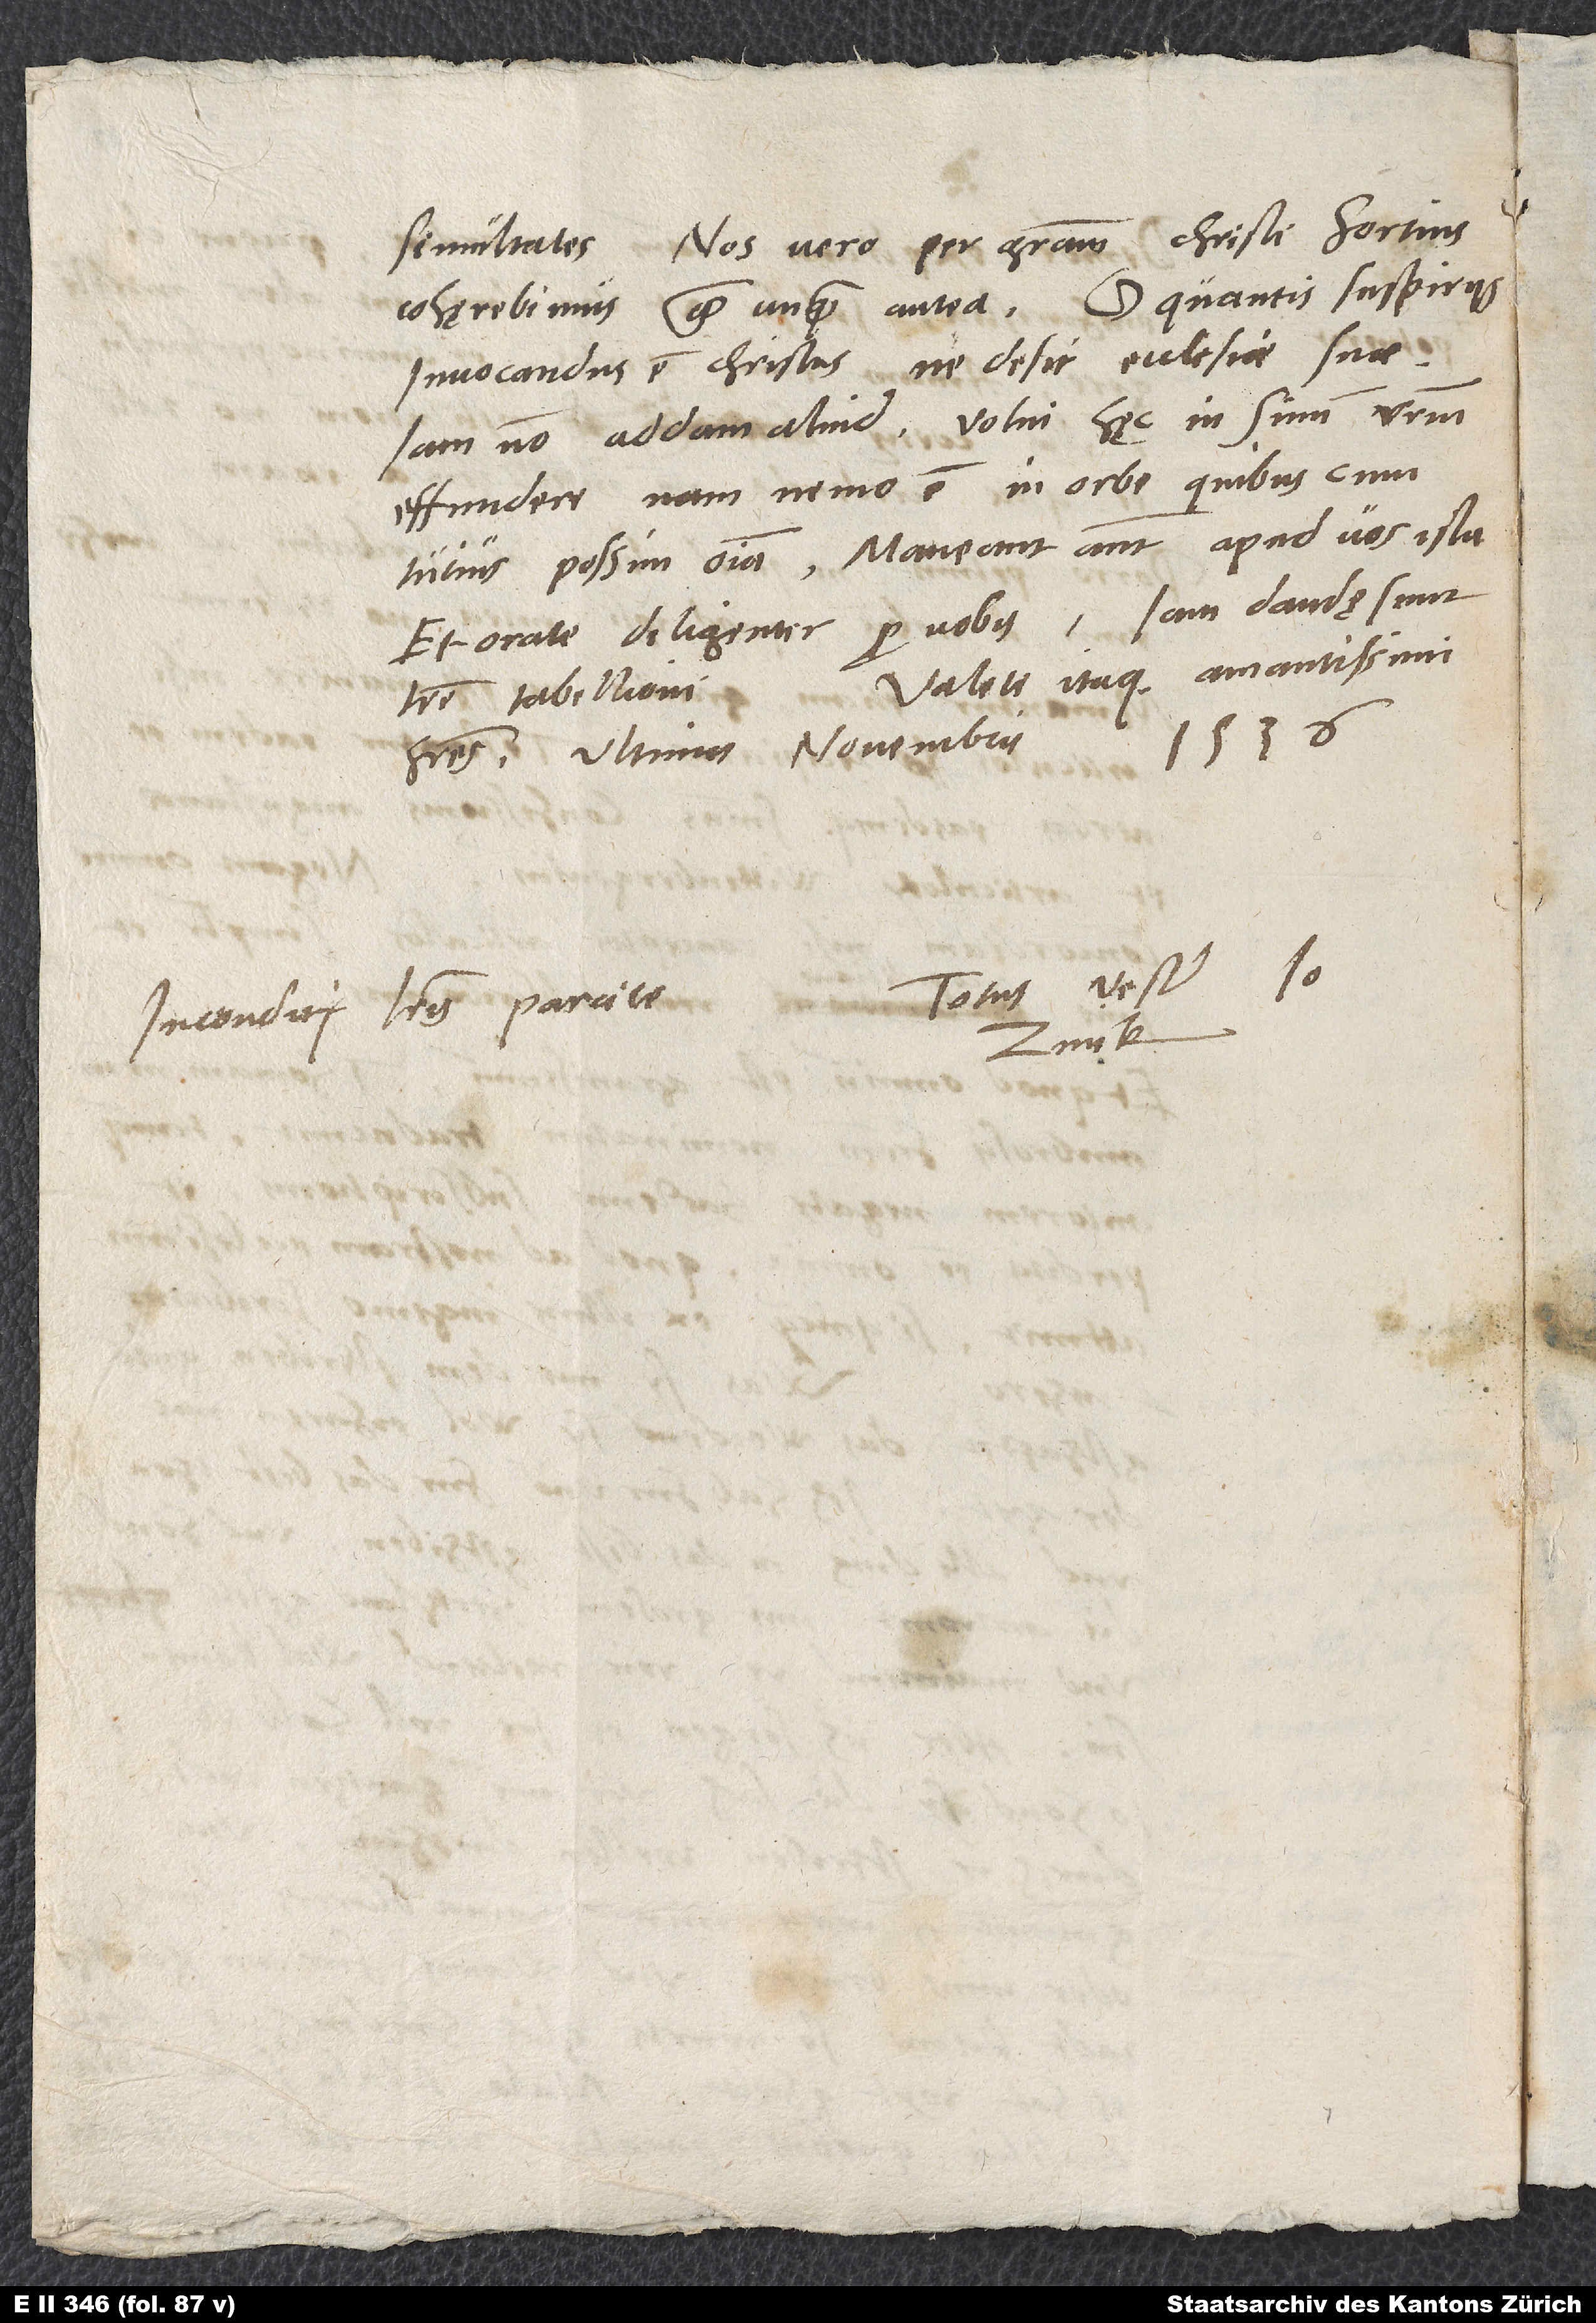
Nos vero per gratiam Christi fortius
simultates.
cohęrebimus quam unquam antea. O quantis suspiriis
invocandus est Christus, ne desit ecclesiae suae!
Iam non addam aliud. Volui hęc in sinum vestrum
effundere. Nam nemo est in orbe, quibuscum
tutius possim omnia. Maneant autem apud vos ista.
Valete itaque, amantissimi
literę tabellioni.
1536.
Totus vester Io.
Inconditis literis parcite.
Zvick.